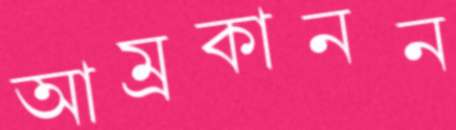
আম্রকানন